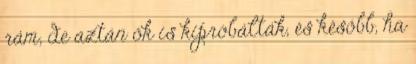
rám, de aztán ők is kipróbálták, és később, ha